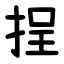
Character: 挰